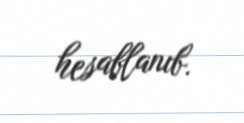
hesablanıb.